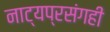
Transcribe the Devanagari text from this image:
नाट्यप्रसंगही